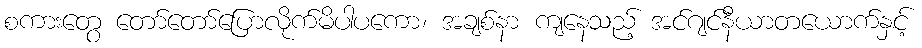
စကားတွေ တော်တော်ပြောလိုက်မိပါပကော၊ အချစ်နာ ကျနေသည့် အင်ဂျင်နီယာတယောက်နှင့်